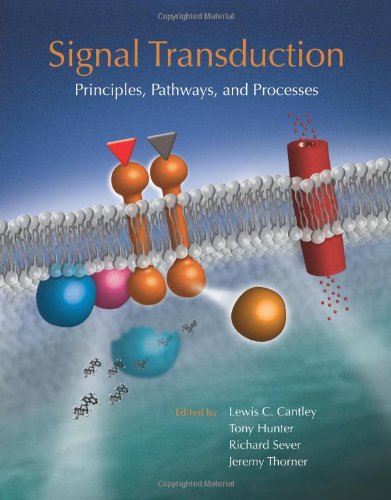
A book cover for Signal Transduction; Medical Books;